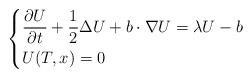
\begin{align*}\left\{\begin{aligned}&\frac{\partial U}{\partial t} + \frac{1}{2}\Delta U + b \cdot \nabla U = \lambda U - b\\&U(T, x) = 0\end{aligned}\right.\end{align*}